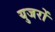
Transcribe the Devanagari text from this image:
युजरों